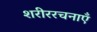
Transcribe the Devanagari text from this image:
शरीररचनाएँ